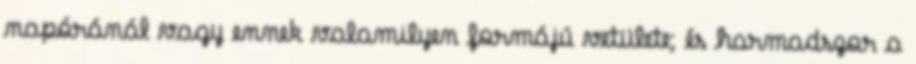
napóránál vagy ennek valamilyen formájú vetülete; és harmadszor a